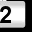
Digit: 2